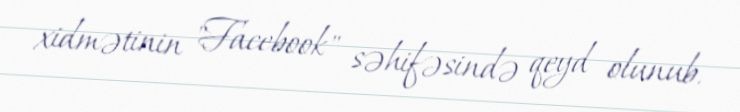
xidmətinin "Facebook" səhifəsində qeyd olunub.